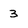
Character: 3